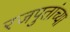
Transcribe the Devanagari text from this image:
रजपुतांच्या